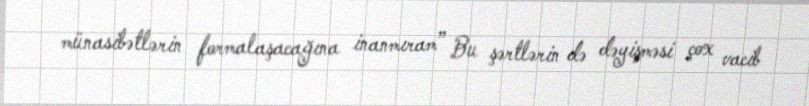
münasibətlərin formalaşacağına inanmıram” Bu şərtlərin də dəyişməsi çox vacib